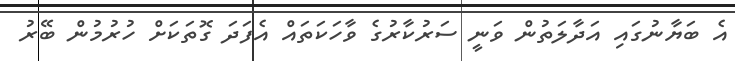
އެ ބަޔާނުގައި އަދާލަތުން ވަނީ ސަރުކާރުގެ ވާހަކަތައް އެފަދަ ގޮތަކަށް ހުރުމުން ބޭރު